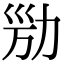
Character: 𠡔